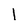
Character: l